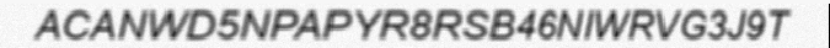
ACANWD5NPAPYR8RSB46NIWRVG3J9T